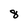
Character: 8